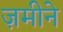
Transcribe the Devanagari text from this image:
ज़मीने